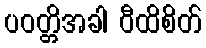
ပဝတ္တိအခါ ဝီထိစိတ်